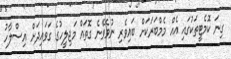
ގިނަ ކޮމެޓީތަކުގައި އެއް މެމްބަރަކަށް ބައިވެރި ނުވެވޭނެ ގޮތައް މަޖިލީހުގެ ގަވައިދަށް އިސްލާހު